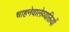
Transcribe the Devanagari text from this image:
चाहनेवालेव्यक्तियों